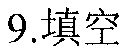
9.填空